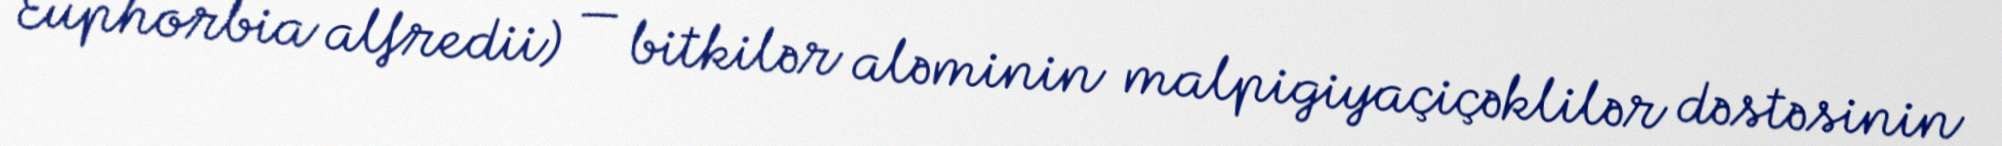
Euphorbia alfredii) — bitkilər aləminin malpigiyaçiçəklilər dəstəsinin